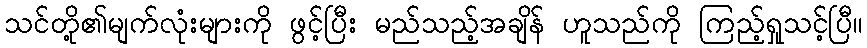
သင်တို့၏မျက်လုံးများကို ဖွင့်ပြီး မည်သည့်အချိန် ဟူသည်ကို ကြည့်ရှုသင့်ပြီ။